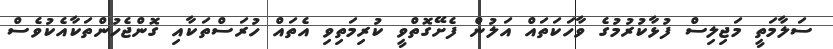
ސަލާމަތީ މަޖިލިސް ފުޅާކުރުމުގެ ވާހަކަތައް އަލުން ފެށޭގޮތްވީ ކުރިމަތިވި އެތައް ހުރަސްތަކާއި ގޮންޖެހުންތަކާއެކުވެސް